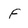
Character: f